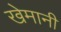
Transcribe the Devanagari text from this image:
खेमानी